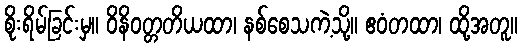
စိုးရိမ်ခြင်းမှ။ ဝိနိဝတ္တတိယထာ၊ နစ်စေသကဲ့သို့။ ဧဝံတထာ၊ ထို့အတူ။